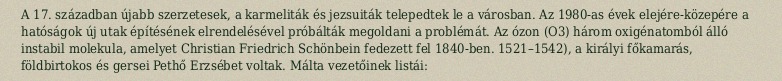
A 17. században újabb szerzetesek, a karmeliták és jezsuiták telepedtek le a városban. Az 1980-as évek elejére-közepére a hatóságok új utak építésének elrendelésével próbálták megoldani a problémát. Az ózon (O3) három oxigénatomból álló instabil molekula, amelyet Christian Friedrich Schönbein fedezett fel 1840-ben. 1521–1542), a királyi főkamarás, földbirtokos és gersei Pethő Erzsébet voltak. Málta vezetőinek listái: